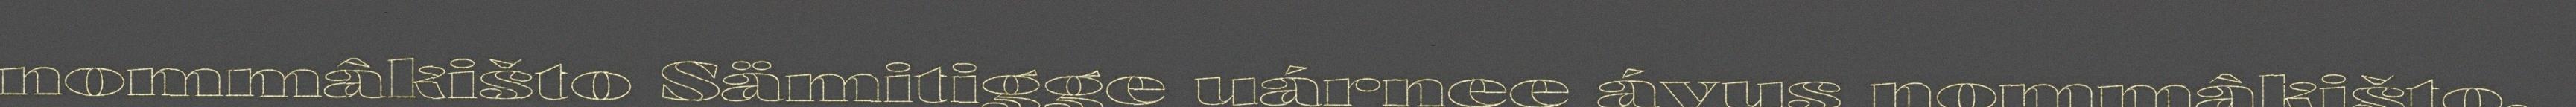
nommâkišto Sämitigge uárnee ávus nommâkišto,